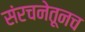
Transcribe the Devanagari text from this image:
संरचनेतूनच